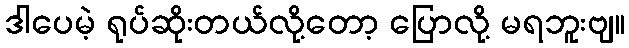
ဒါပေမဲ့ ရုပ်ဆိုးတယ်လို့တော့ ပြောလို့ မရဘူးဗျ။